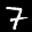
Label: 7